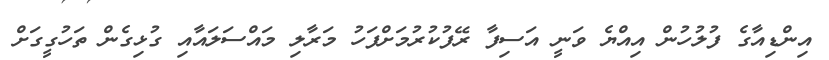
އިންޑިއާގެ ފުލުހުން އިއްޔެ ވަނީ އަސިފާ ރޭފުކުރުމަށްފަހު މަރާލި މައްސަލައާއި ގުޅިގެން ތަހުގީގަށް